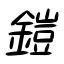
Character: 鎧